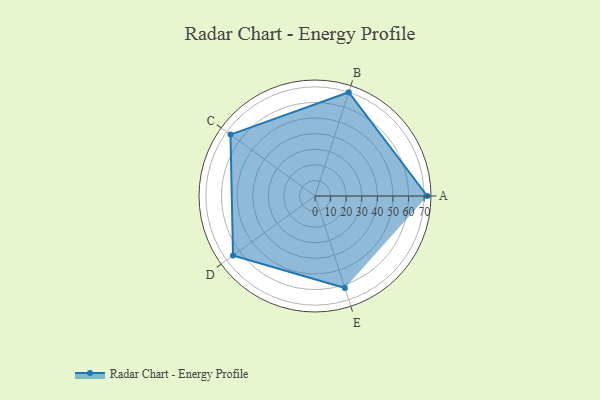
{"axis": {"x": "Skill", "y": "Score"}, "legend": ["Profile"], "data": [{"x": "A", "y": 72.0, "type": "Profile"}, {"x": "B", "y": 70.0, "type": "Profile"}, {"x": "C", "y": 67.0, "type": "Profile"}, {"x": "D", "y": 65.0, "type": "Profile"}, {"x": "E", "y": 62.0, "type": "Profile"}]}